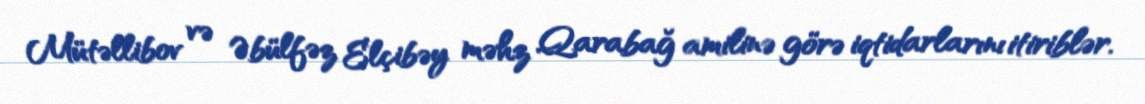
Mütəllibov və Əbülfəz Elçibəy məhz Qarabağ amilinə görə iqtidarlarını itiriblər.